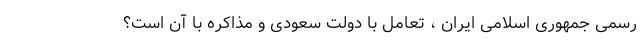
رسمی جمهوری اسلامی ایران ، تعامل با دولت سعودی و مذاکره با آن است؟